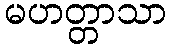
မဟတ္တာသာ